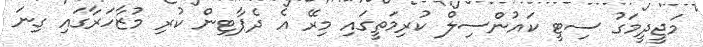
މަޖީދީމަގު ސިޓީ ކައުންސިލް ކުރިމަތީގައި މިރޭ އެ ދެޕާޓިން ކުރި މުޒާހަރާގައި ގިނަ